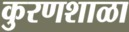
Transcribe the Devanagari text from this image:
कुरणशाळा